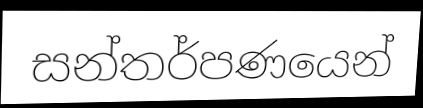
සන්තර්පණයෙන්